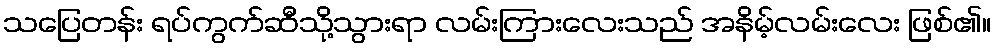
သပြေတန်း ရပ်ကွက်ဆီသို့သွားရာ လမ်းကြားလေးသည် အနိမ့်လမ်းလေး ဖြစ်၏။